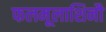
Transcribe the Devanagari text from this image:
फलमूलाशिनौ